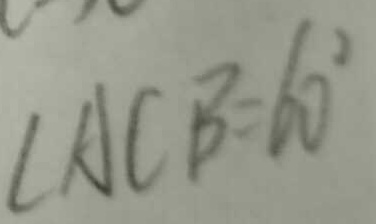
\angle A C B = 6 0 ^ { \circ }